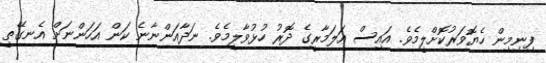
ފިނިމިން ހެޔޮވަރުކޮށްލީމެވެ. އައިސް އަލަމާރީގެ ދޮރު ހުޅުވާލީމެވެ. ނަދާއަންނާނެ ކަން އަހަންނަށް އެނގޭތީ